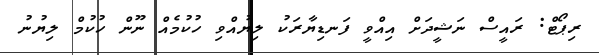
ރިޕޯޓް: ރައީސް ނަޝީދަށް އިއްވީ ފަނޑިޔާރަކު ލިޔުއްވި ހުކުމެއް ނޫން ހުކުމް ލިޔުނު